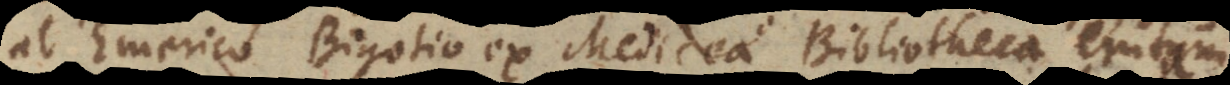
ab Emerico Bigotio ex Medicea Bibliotheca nu